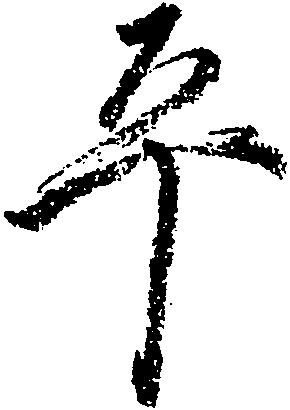
平